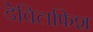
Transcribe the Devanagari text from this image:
डेविलफिश